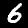
Digit: 6